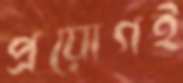
প্রয়োগই